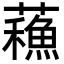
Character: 蘓